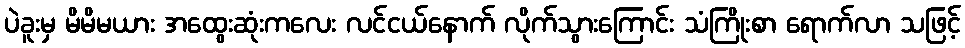
ပဲခူးမှ မိမိမယား အထွေးဆုံးကလေး လင်ငယ်နောက် လိုက်သွားကြောင်း သံကြိုးစာ ရောက်လာ သဖြင့်